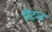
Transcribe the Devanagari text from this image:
रिटज़